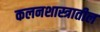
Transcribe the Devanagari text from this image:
कलनशास्त्रातील